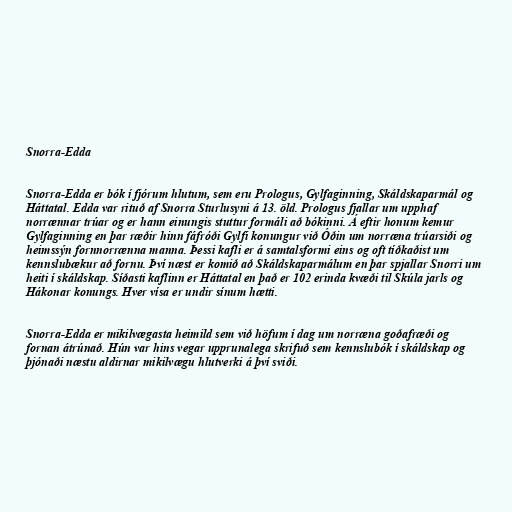
Snorra-Edda

Snorra-Edda er bók í fjórum hlutum, sem eru Prologus, Gylfaginning, Skáldskaparmál og
Háttatal. Edda var rituð af Snorra Sturlusyni á 13. öld. Prologus fjallar um upphaf
norrænnar trúar og er hann einungis stuttur formáli að bókinni. Á eftir honum kemur
Gylfaginning en þar ræðir hinn fáfróði Gylfi konungur við Óðin um norræna trúarsiði og
heimssýn fornnorrænna manna. Þessi kafli er á samtalsformi eins og oft tíðkaðist um
kennslubækur að fornu. Því næst er komið að Skáldskaparmálum en þar spjallar Snorri um
heiti í skáldskap. Síðasti kaflinn er Háttatal en það er 102 erinda kvæði til Skúla jarls og
Hákonar konungs. Hver vísa er undir sínum hætti.

Snorra-Edda er mikilvægasta heimild sem við höfum í dag um norræna goðafræði og
fornan átrúnað. Hún var hins vegar upprunalega skrifuð sem kennslubók í skáldskap og
þjónaði næstu aldirnar mikilvægu hlutverki á því sviði.